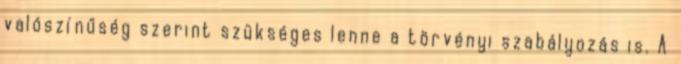
valószínűség szerint szükséges lenne a törvényi szabályozás is. A